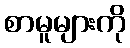
စာမူများကို